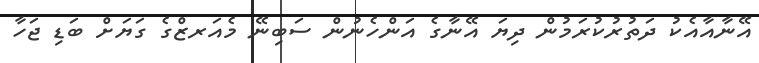
އޭނާއާއެކު ދަތުރުކުރަމުން ދިޔަ އޭނާގެ އަންހެނުން ސަބިނޭ މެއަރޒްގެ ގަޔަށް ބަޑި ޖަހާ